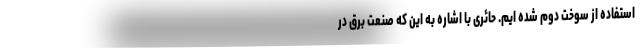
استفاده از سوخت دوم شده ایم. حائری با اشاره به این که صنعت برق در